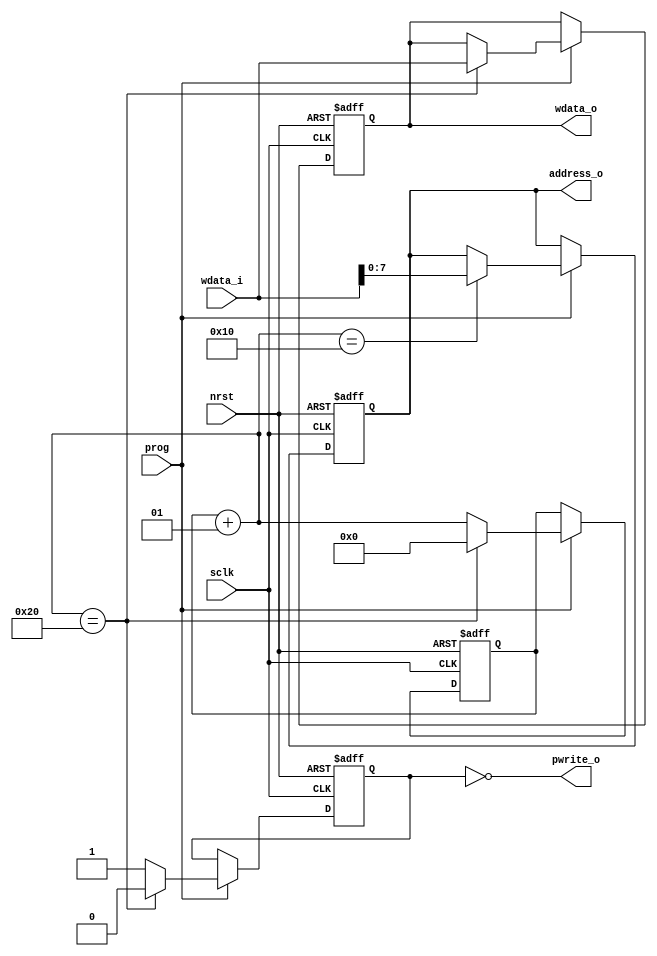

module interface (
		   input sclk,
		   input nrst,
		   input [15:0] wdata_i,
		   input prog,
		   output reg [7:0] address_o,
		   output reg [15:0] wdata_o,
		   output pwrite_o
		 );

	integer tmp;
	reg pwrite_o_tmp;
	assign pwrite_o = ~pwrite_o_tmp;

	
	always @(posedge sclk or negedge nrst) begin
		
		if(!nrst) begin
			tmp = 0;
			address_o <= 0;
			wdata_o <= 0;
			pwrite_o_tmp = 1;
		end
		else if(sclk) begin
			if(prog) begin		
				pwrite_o_tmp = 1;
				tmp = tmp + 1;
				if(tmp == 16) begin
					#20 address_o <= wdata_i[7:0];
				end
				if(tmp == 32) begin
					tmp = 0;
					pwrite_o_tmp = 0;
					#20 wdata_o <= wdata_i;
				end
				
			end
		end
	end
	
endmodule